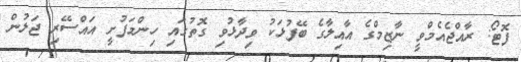
ފޮޓޯ: ރާއްޖެއެމްވީ ނާޒިމްގެ އާއިލާގެ ބޭފުޅަކު ވިދާޅުވި ގޮތުގައި ހިންމަފުށީ އައްސޭރި ޖަލުން